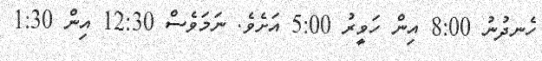
ހެނދުނު 8:00 އިން ހަވީރު 5:00 އަށެވެ. ނަމަވެސް 12:30 އިން 1:30